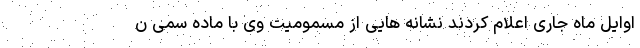
اوایل ماه جاری اعلام کردند نشانه هایی از مسمومیت وی با ماده سمی ن